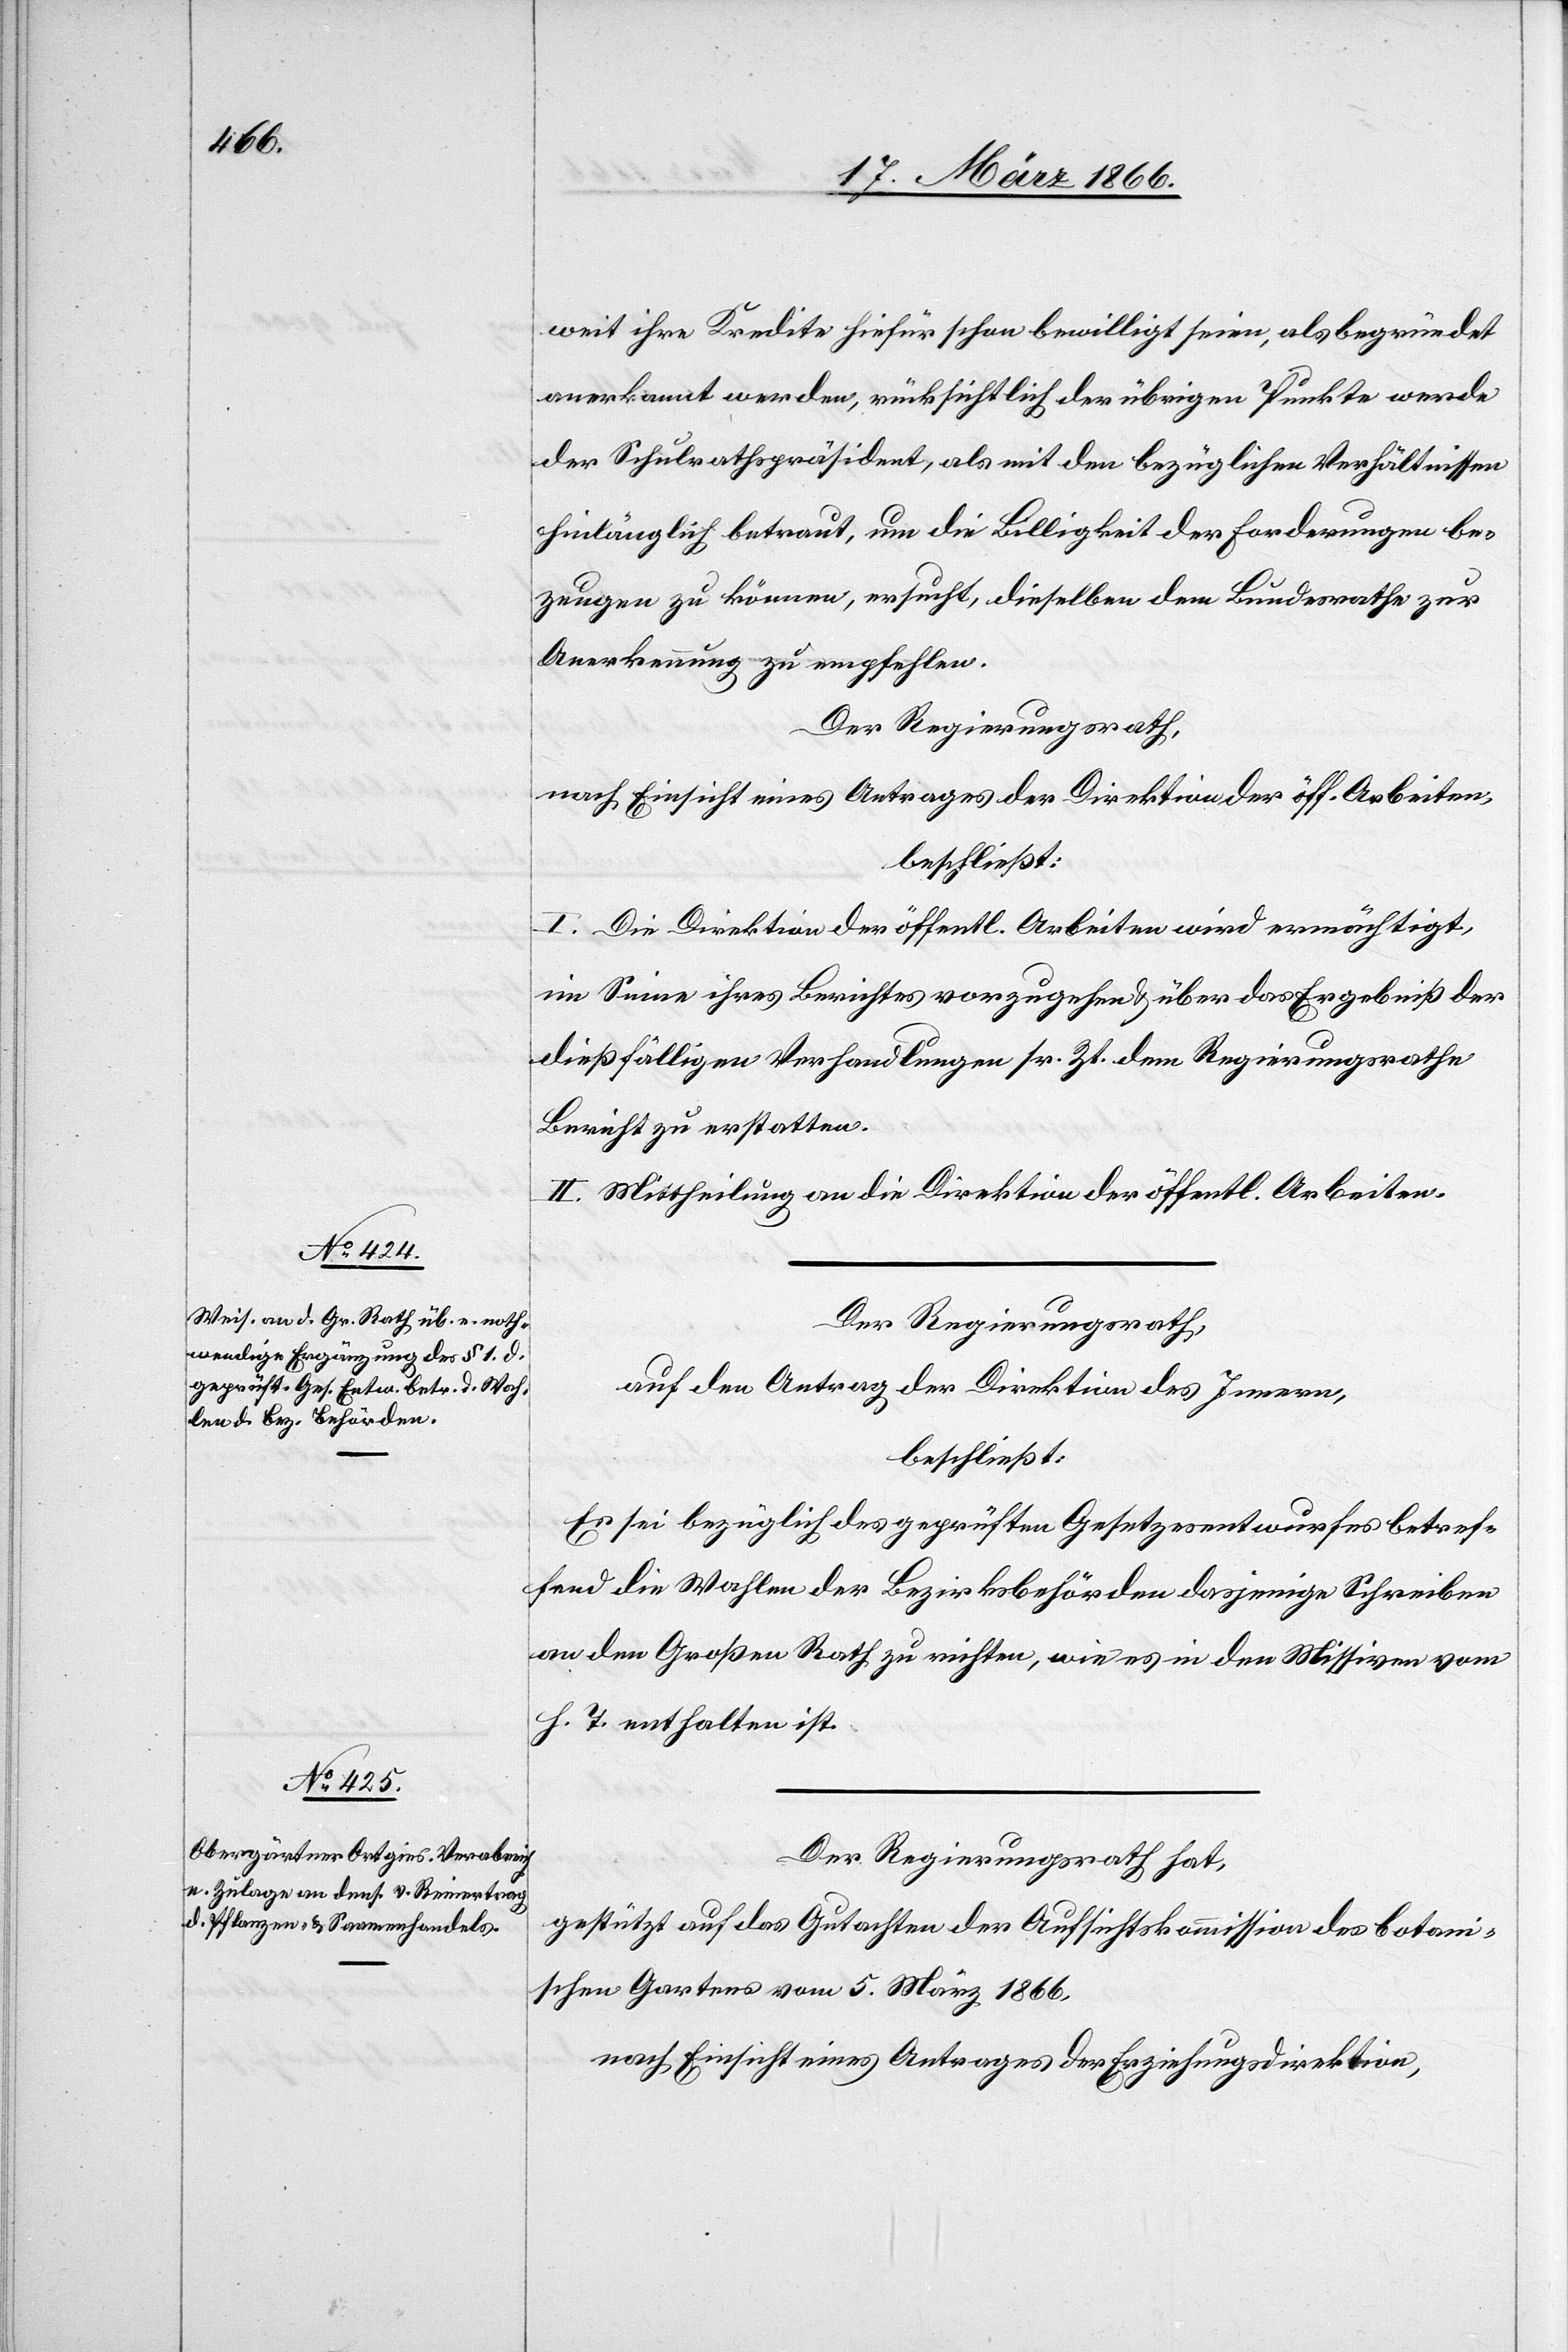
weit ihre Kredite hiefür schon bewilligt seien, als begründet
anerkannt werden, rücksichtlich der übrigen Punkte werde
der Schulrathspräsident, als mit den bezüglichen Verhältnissen
hinlänglich betraut, um die Billigkeit der Forderungen be¬
zeugen zu können, ersucht, dieselben dem Bundesrathe zur
Anerkennung zu empfehlen.
Der Regierungsrath,
nach Einsicht eines Antrages der Direktion der öff. Arbeiten,
beschließt:
I. Die Direktion der öffentl. Arbeiten wird ermächtigt,
im Sinne ihres Berichtes vorzugehen u. über das Ergebniß der
dießfälligen Verhandlungen sr. Zt. dem Regierungsrathe
Bericht zu erstatten.
II. Mittheilung an die Direktion der öffentl. Arbeiten.
Der Regierungsrath,
auf den Antrag des Direktion des Innern,
beschließt:
Es sei bezüglich des geprüften Gesetzesentwurfes betref¬
fend die Wahlen der Bezirksbehörden dasjenige Schreiben
an den Großen Rath zu richten, wie es in den Missiven vom
h. T. enthalten ist.
Der Regierungsrath hat,
gestützt auf das Gutachten der Aufsichtskommission des botani¬
schen Gartens vom 5. März 1866,
nach Einsicht eines Antrages der Erziehungsdirektion